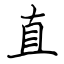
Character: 直